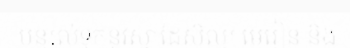
បន្សល់ទុកនូវស្នាដៃសិល្ប មេរៀន និង